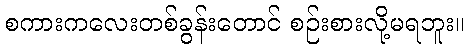
စကားကလေးတစ်ခွန်းတောင် စဉ်းစားလို့မရဘူး။